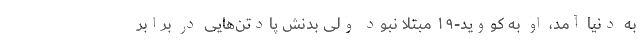
به دنیا آمد، او به کووید-۱۹ مبتلا نبود ولی بدنش پادتن‌هایی در برابر